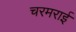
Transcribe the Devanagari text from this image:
चरमराई